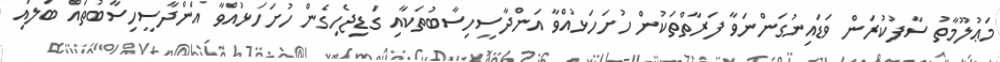
މަޢުލޫމާތު ސާފުކުރަން ވަޑައިނުގަންނަވާ ފަރާތްތަކުން ހުށަހަޅުއްވާ އަންދާސީހިސާބުތަކާއި ގަޑިޖެހިގެން ހުށަހަޅުއްވާ އަންދާސީހިސާބުތައް ބަލައި